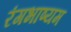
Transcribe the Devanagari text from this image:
रंगभाष्यम